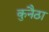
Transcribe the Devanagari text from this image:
कुनैठा